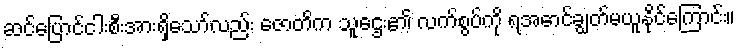
ဆင်ပြောင်ငါးစီးအားရှိသော်လည်း ဇောတိက သူဌေး၏ လက်စွပ်ကို ရအောင်ချွတ်မယူနိုင်ကြောင်း။